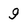
Character: 9